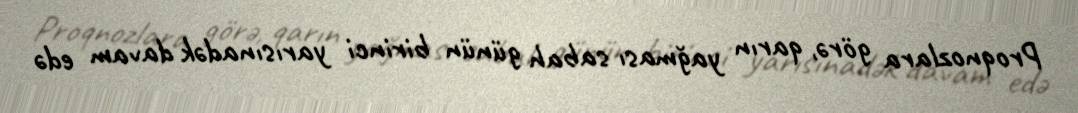
Proqnozlara görə, qarın yağması sabah günün birinci yarısınadək davam edə